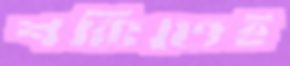
শক্তিতেই